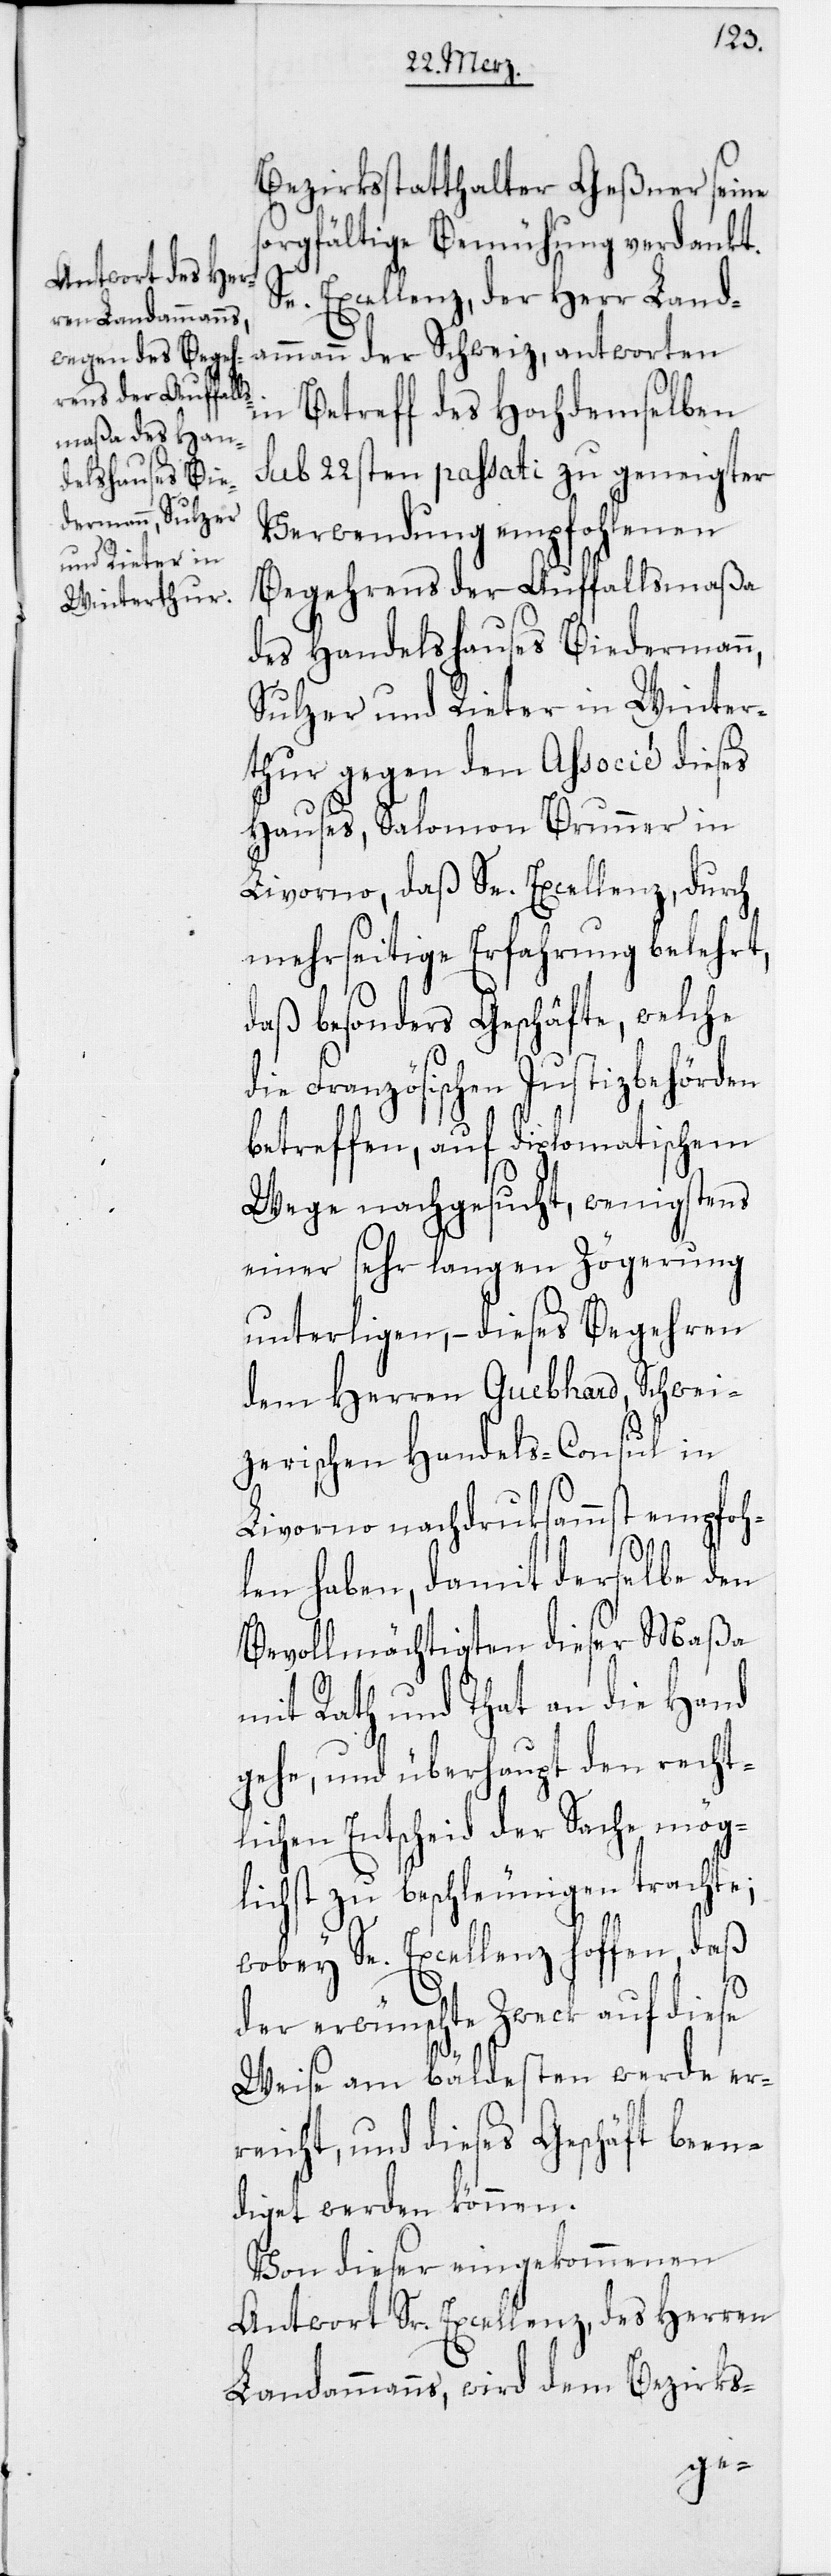
Bezirksstatthalter Geßner seine
orgfältige Bemühung verdankt.
Se. Excellenz, der Herr Land¬
ammann der Schweiz, antworten
in Betreff des Hochdemselben
sub 22sten passati zu geneigter
Verwendung empfohlenen
Begehrens der Auffallsmaßa
des Handelshauses Biedermann,
Sulzer und Rieter in Winter¬
thur gegen den Associé dieses
Hauses, Salomon Brunner in
Livorno, daß Se. Excellenz, durch
mehrseitige Erfahrung belehrt,
daß besonders Geschäfte, welche
die Französischen Justizbehörden
betreffen, auf diplomatischem
Wege nachgesucht, wenigstens
einer sehr langen Zögerung
unterligen, – dieses Begehren
dem Herren Guebhard, Schwei¬
zerischen Handels-Consul in
Livorno nachdruksammst empfoh¬
s¬
len haben, damit derselbe den
Bevollmächtigten dieser Maßa
mit Rath und That an die Hand
gehe, und überhaupt den recht¬
lichen Entscheid der Sache mög¬
lichst zu beschleunigen trachte;
wobey Se. Excellenz hoffen, daß
der erwünschte Zweck auf diese
Weise am bäldesten werde er¬
reicht, und dieses Geschäft been¬
diget werden können.
Von dieser eingekommenen
Antwort Sr. Excellenz, des Herren
Landammanns, wird dem Bezirks-